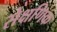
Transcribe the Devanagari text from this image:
सेक्षणिक